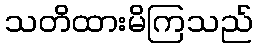
သတိထားမိကြသည်